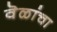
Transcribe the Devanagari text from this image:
वॆळांचा